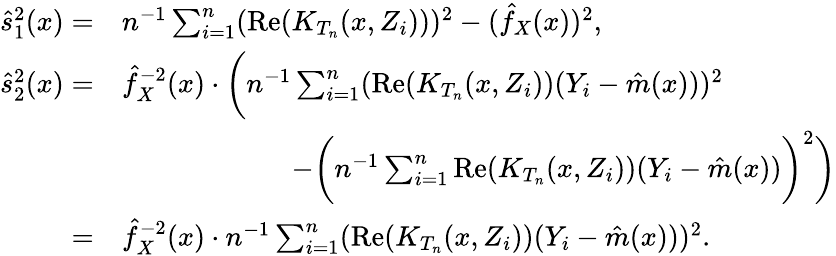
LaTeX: \begin{array}{rl}{\hat{s}_{1}^{2}(x)=}&{n^{-1}\sum_{i=1}^{n}(\mathrm{Re}(K_{T_{n}}(x,Z_{i})))^{2}-(\hat{f}_{X}(x))^{2},}\\ {\hat{s}_{2}^{2}(x)=}&{\hat{f}_{X}^{-2}(x)\cdot\bigg(n^{-1}\sum_{i=1}^{n}(\mathrm{Re}(K_{T_{n}}(x,Z_{i}))(Y_{i}-\hat{m}(x)))^{2}}\\ &{\qquad\qquad\qquad-\bigg(n^{-1}\sum_{i=1}^{n}\mathrm{Re}(K_{T_{n}}(x,Z_{i}))(Y_{i}-\hat{m}(x))\bigg)^{2}\bigg)}\\ {=}&{\hat{f}_{X}^{-2}(x)\cdot n^{-1}\sum_{i=1}^{n}(\mathrm{Re}(K_{T_{n}}(x,Z_{i}))(Y_{i}-\hat{m}(x)))^{2}.}\end{array}